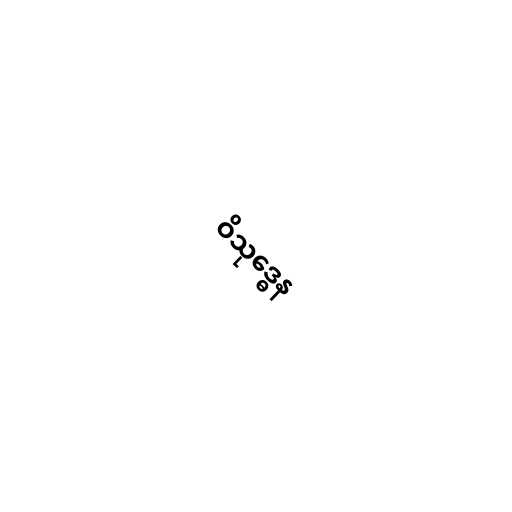
ဝိသုဒ္ဓေန